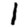
Digit: 1